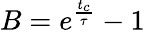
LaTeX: B=e^{\frac{t_{c}}{\tau}}-1